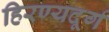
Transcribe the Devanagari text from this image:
हिरण्यदूर्ग